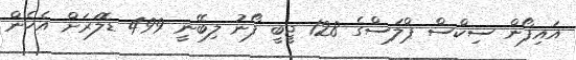
އައިފޯން ސިކްސް ޕްލަސްގެ 128 ޖީބީ ފޯނު ލިބޭނީ 499 ޑޮލަރަށް އެހެން